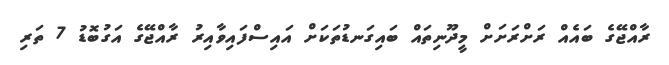
ރާއްޖޭގެ ބައެއް ރަށްރަށަށް މީދޫނިތައް ބައިގަނޑުތަކަށް އައިސްފައިވާއިރު ރާއްޖޭގެ އަގުބޮޑު 7 ތަރި